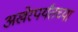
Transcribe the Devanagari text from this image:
अखेरपर्यंतच्या